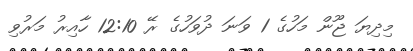
މިދިޔަ ޖޫން މަހުގެ 1 ވަނަ ދުވަހުގެ ރޭ 12:10 ހާއިރު މަރުވި